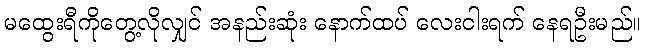
မထွေးရီကိုတွေ့လိုလျှင် အနည်းဆုံး နောက်ထပ် လေးငါးရက် နေရဦးမည်။